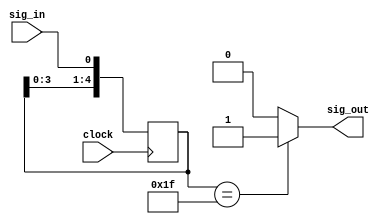
module debouncing(
	input 			clock, 
	input 			sig_in, 
	output 	reg 	sig_out
); 



reg	[4:0] bounce;

always@(posedge clock) begin
	bounce[0] <= sig_in;
	bounce[1] <= bounce[0];
	bounce[2] <= bounce[1];
	bounce[3] <= bounce[2];
	bounce[4] <= bounce[3];
end
	

always@(*) begin
	case(bounce)
		5'b00000 : sig_out = 1'b0;
		5'b11111 : sig_out = 1'b1;
		default	 : sig_out = 1'b0;
	endcase
end


endmodule